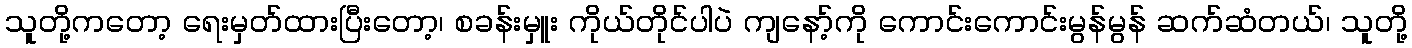
သူတို့ကတော့ ရေးမှတ်ထားပြီးတော့၊ စခန်းမှူး ကိုယ်တိုင်ပါပဲ ကျနော့်ကို ကောင်းကောင်းမွန်မွန် ဆက်ဆံတယ်၊ သူတို့